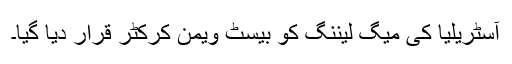
آسٹریلیا کی میگ لیننگ کو بیسٹ ویمن کرکٹر قرار دیا گیا۔